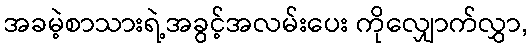
အခမဲ့စာသားရဲ့အခွင့်အလမ်းပေး ကိုလျှောက်လွှာ,